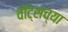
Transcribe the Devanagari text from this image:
वॉट्सच्या